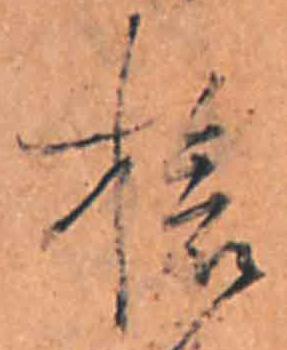
旅